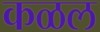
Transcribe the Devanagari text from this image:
कळल